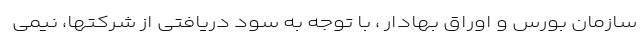
سازمان بورس و اوراق بهادار ، با توجه به سود دریافتی از شرکتها، نیمی